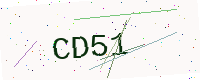
Text: CD51